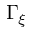
\Gamma _ { \xi }